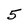
Character: 5